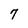
Character: 7